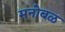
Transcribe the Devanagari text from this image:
मनोबळ